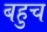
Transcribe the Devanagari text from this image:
बहुच